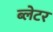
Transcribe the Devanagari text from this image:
ब्लेटर